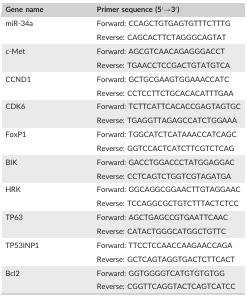
| Gene name | Primer sequence (5′→3′) |
 | --- | --- |
 | <ROWSPAN=2> miR‐34a | Forward: CCAGCTGTGAGTGTTTCTTTG |
 | Reverse: CAGCACTTCTAGGGCAGTAT |
 | <ROWSPAN=2> c‐Met | Forward: AGCGTCAACAGAGGGACCT |
 | Reverse: TGAACCTCCGACTGTATGTCA |
 | <ROWSPAN=2> CCND1 | Forward: GCTGCGAAGTGGAAACCATC |
 | Reverse: CCTCCTTCTGCACACATTTGAA |
 | <ROWSPAN=2> CDK6 | Forward: TCTTCATTCACACCGAGTAGTGC |
 | Reverse: TGAGGTTAGAGCCATCTGGAAA |
 | <ROWSPAN=2> FoxP1 | Forward: TGGCATCTCATAAACCATCAGC |
 | Reverse: GGTCCACTCATCTTCGTCTCAG |
 | <ROWSPAN=2> BIK | Forward: GACCTGGACCCTATGGAGGAC |
 | Reverse: CCTCAGTCTGGTCGTAGATGA |
 | <ROWSPAN=2> HRK | Forward: GGCAGGCGGAACTTGTAGGAAC |
 | Reverse: TCCAGGCGCTGTCTTTACTCTCC |
 | <ROWSPAN=2> TP63 | Forward: AGCTGAGCCGTGAATTCAAC |
 | Reverse: CATACTGGGCATGGCTGTTC |
 | <ROWSPAN=2> TP53INP1 | Forward: TTCCTCCAACCAAGAACCAGA |
 | Reverse: GCTCAGTAGGTGACTCTTCACT |
 | <ROWSPAN=2> Bcl2 | Forward: GGTGGGGTCATGTGTGTGG |
 | Reverse: CGGTTCAGGTACTCAGTCATCC |